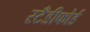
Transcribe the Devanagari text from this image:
स्टँडीफोर्ड